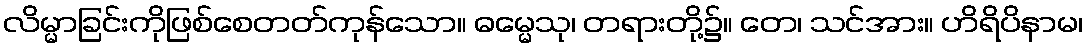
လိမ္မာခြင်းကိုဖြစ်စေတတ်ကုန်သော။ ဓမ္မေသု၊ တရားတို့၌။ တေ၊ သင်အား။ ဟိရိပိနာမ၊